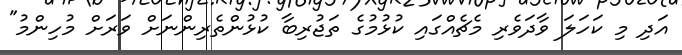
އަދި މި ކަހަލަ ވާދަވެރި މެޗެއްގައި ކުޅުމުގެ ތަޖުރިބާ ކުޅުންތެރިންނަށް ވަރަށް މުހިންމު"